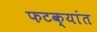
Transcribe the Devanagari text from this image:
फटक्यांत